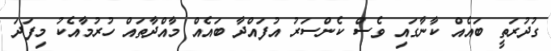
ގުދުރަތީ ބައެއް ކާނާގައި ވެސް ކެންސަރު އުފައްދާ ބައެއް މާއްދާތައް ހުރުމާއެކު މިފަދަ